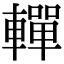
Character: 䡲